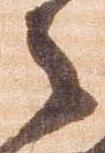
々